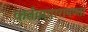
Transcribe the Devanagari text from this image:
कर्तव्यपारायण्ता